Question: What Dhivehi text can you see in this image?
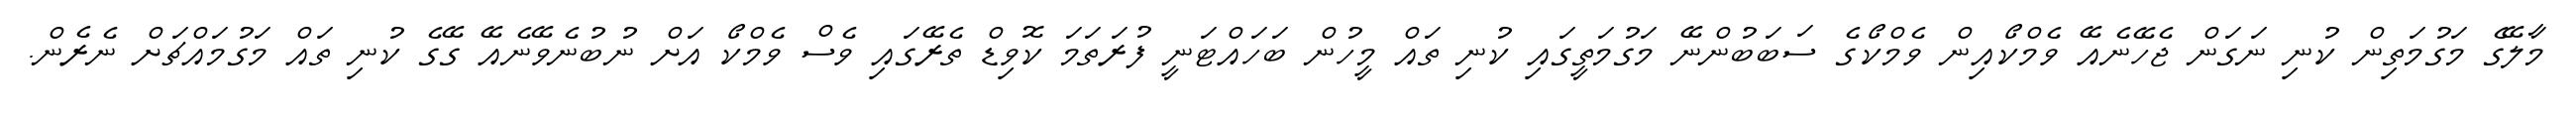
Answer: މާލޭގެ މަގުމަތިން ކުނި ނަގަން ޖެހޭނެއޭ ވެމްކޯއިން ވެމްކޯގެ ސަބަބުންނޭ މަގުމަތީގައި ކުނި ތައް މީހުން ބަހައްޓަނީ ފުރަތަމަ ކޮވިޑް ތެރޭގައި ވެސް ވެމްކޯ އަށް ނުބުނެވޭނެއޭ ގޭގެ ކުނި ތައް މަގުމައްޗަށް ނެރެން.